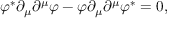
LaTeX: \varphi ^ { * } \partial _ { \mu } \partial ^ { \mu } \varphi - \varphi \partial _ { \mu } \partial ^ { \mu } \varphi ^ { * } = 0 ,